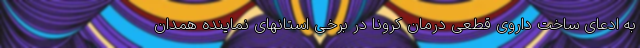
به ادعای ساخت داروی قطعی درمان کرونا در برخی استانهای نماینده همدان